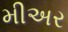
મીઅર